Scottish Certificate of Education, 1963
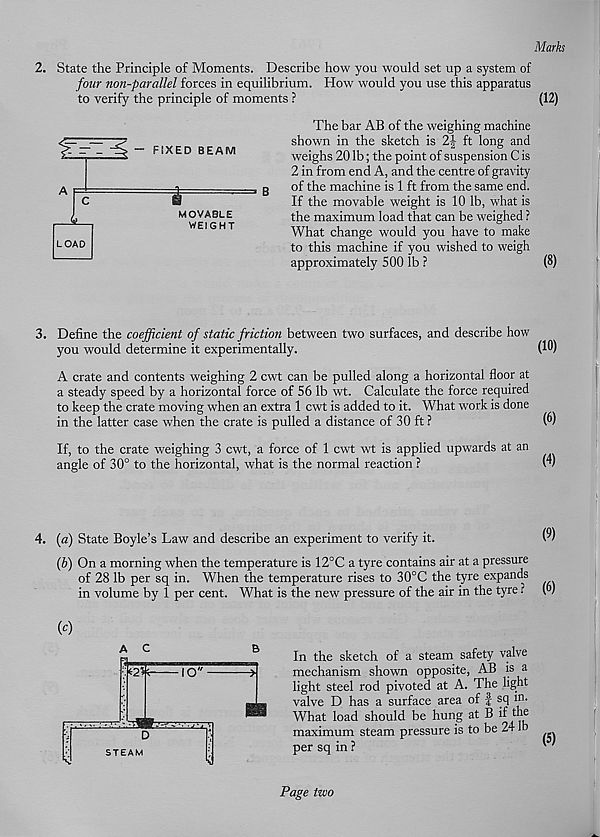
Marks
2. State the Principle of Moments. Describe how you would set up a system of
four non-parallel forces in equilibrium. How would you use this apparatus
to verify the principle of moments ?
(12)
FIXED BEAM
=r
LOAD
MOVABLE
WEIGHT
The bar AB of the weighing machine
shown in the sketch is 2\ ft long and
weighs 20 lb; the point of suspension C is
2 in from end A, and the centre of gravity
of the machine is 1 ft from the same end.
If the movable weight is 10 lb, what is
the maximum load that can be weighed ?
What change would you have to make
to this machine if you wished to weigh
approximately 500 lb ?
(8)
3. Define the coefficient of static friction between two surfaces, and describe how
you would determine it experimentally.
(1®)
A crate and contents weighing 2 cwt can be pulled along a horizontal floor at
a steady speed by a horizontal force of 56 lb wt. Calculate the force required
to keep the crate moving when an extra 1 cwt is added to it. What work is done
in the latter case when the crate is pulled a distance of 30 ft ?
(6)
If, to the crate weighing 3 cwt, a force of 1 cwt wt is applied upwards at an
angle of 30° to the horizontal, what is the normal reaction ?
vv
4. (a) State Boyle’s Law and describe an experiment to verify it.
v'
{b) On a morning when the temperature is 12°C a tyre contains air at a pressure
of 28 lb per sq in. When the temperature rises to 30°C the tyre expands
in volume by 1 per cent. What is the new pressure of the air in the tyre ? \y)
(c)
A C
B
In the sketch of a steam safety valve
mechanism shown opposite, AB is a
light steel rod pivoted at A. The light
valve D has a surface area of f sq in.
What load should be hung at B if me
maximum steam pressure is to be 24 lb
per sq in ?
Page two